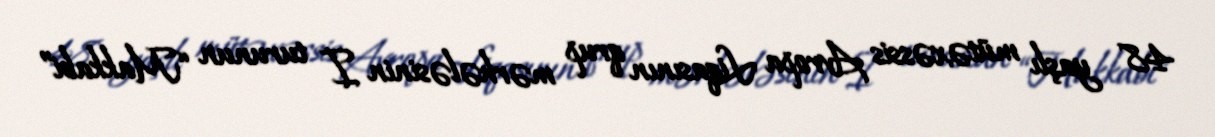
48 yaşlı mütəxəssis Avropa Liqasının qrup mərhələsinin I turunun “Makkabi”